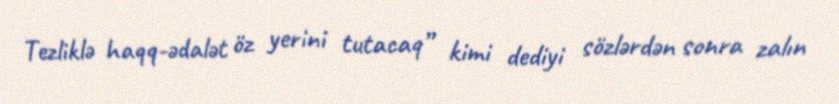
Tezliklə haqq-ədalət öz yerini tutacaq” kimi dediyi sözlərdən sonra zalın